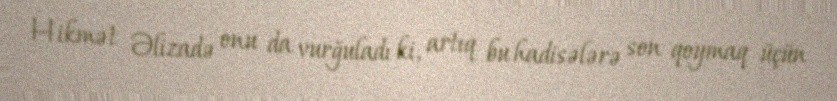
Hikmət Əlizadə onu da vurğuladı ki, artıq bu hadisələrə son qoymaq üçün